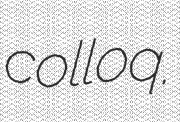
colloq.